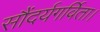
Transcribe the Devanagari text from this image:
सौंदर्यगर्विता।